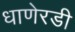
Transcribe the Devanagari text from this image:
धाणेरडी